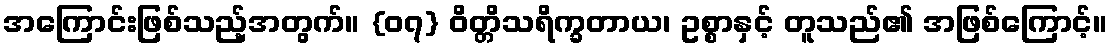
အကြောင်းဖြစ်သည့်အတွက်။ {၀၇} ဝိတ္တိသရိက္ခတာယ၊ ဥစ္စာနှင့် တူသည်၏ အဖြစ်ကြောင့်။